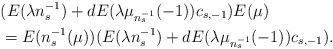
LaTeX: \begin{align*}&(E(\lambda n_s^{-1}) + dE(\lambda \mu_{n_s^{-1}}(-1))c_{s,-1})E(\mu)\\&=E(n_s^{-1}(\mu))(E(\lambda n_s^{-1}) + dE(\lambda \mu_{n_s^{-1}}(-1))c_{s,-1}).\end{align*}